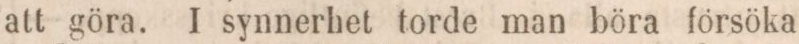
att göra. I synnerhet torde man böra försöka